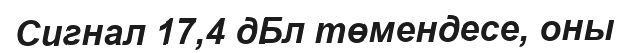
Сигнал 17,4 дБл төмендесе, оны